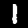
Label: 1